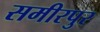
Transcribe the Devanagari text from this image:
समीरपुर